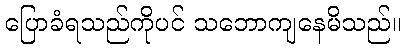
ပြောခံရသည်ကိုပင် သဘောကျနေမိသည်။